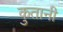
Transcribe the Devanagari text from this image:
कुतानी